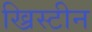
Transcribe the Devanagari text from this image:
ख्रिस्टीन